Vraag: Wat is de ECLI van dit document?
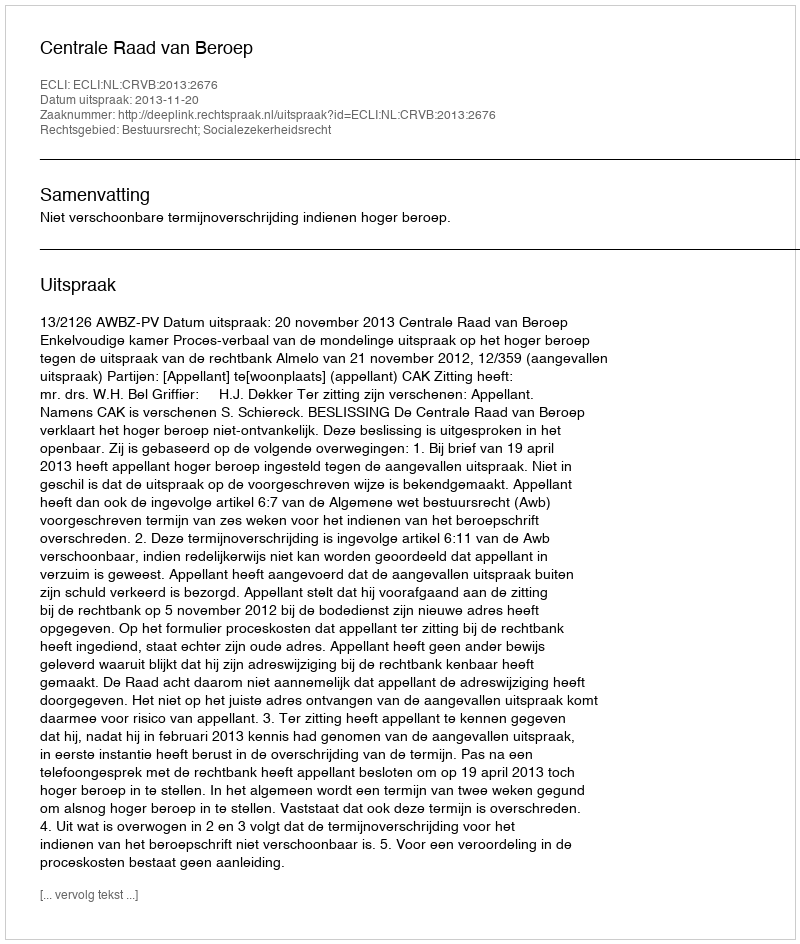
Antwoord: ECLI:NL:CRVB:2013:2676